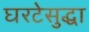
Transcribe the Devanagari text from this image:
घरटेसुद्धा